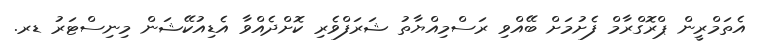
އެތަމްރީން ޕްރޮގްރާމް ފެށުމަށް ބޭއްވި ރަސްމިއްޔާތު ޝަރަފްވެރި ކޮށްދެއްވާ އެޑިއުކޭޝަން މިނިސްޓަރު ޑރ.